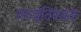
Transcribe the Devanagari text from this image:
तथ्यविषयक